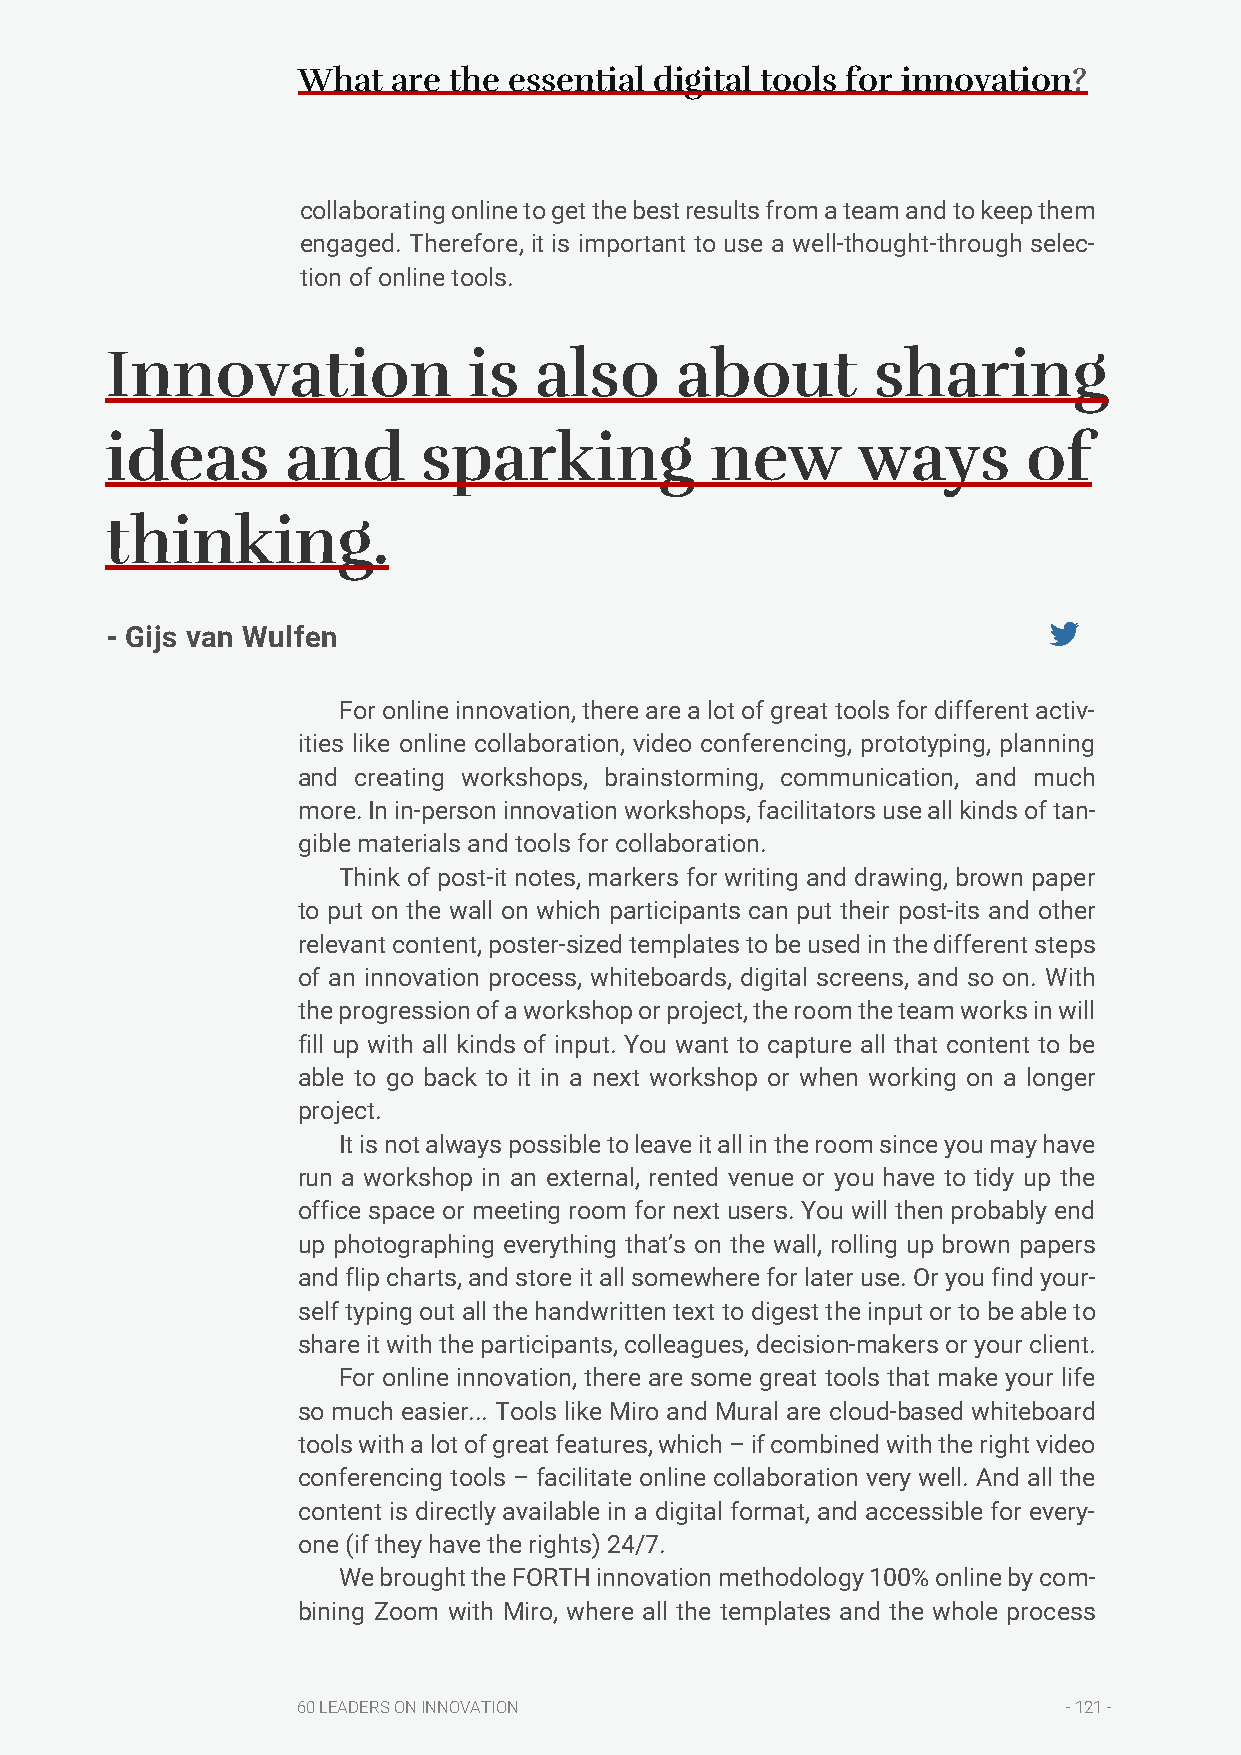
What  are the essential digital tools for innovation?
 collaborating online to get the best results from a team and to keep them
 engaged. Therefore, it is important to use a well-thought-through selec-
 tion of online tools.
 Innovation              is  also      about        sharing
 ideas       and      sparking           new       ways       of
 thinking.
 - Gijs van Wulfen
 For online innovation, there are a lot of great tools for different activ-
 ities like online collaboration, video conferencing, prototyping, planning
 and creating workshops, brainstorming, communication, and much
 more. In in-person innovation workshops, facilitators use all kinds of tan-
 gible materials and tools for collaboration.
 Think of post-it notes, markers for writing and drawing, brown paper
 to put on the wall on which participants can put their post-its and other
 relevant content, poster-sized templates to be used in the different steps
 of an innovation process, whiteboards, digital screens, and so on. With
 the progression of a workshop or project, the room the team works in will
 fill up with all kinds of input. You want to capture all that content to be
 able to go back to it in a next workshop or when working on a longer
 project.
 It is not always possible to leave it all in the room since you may have
 run a workshop in an external, rented venue or you have to tidy up the
 office space or meeting room for next users. You will then probably end
 up photographing everything that’s on the wall, rolling up brown papers
 and flip charts, and store it all somewhere for later use. Or you find your-
 self typing out all the handwritten text to digest the input or to be able to
 share it with the participants, colleagues, decision-makers or your client.
 For online innovation, there are some great tools that make your life
 so much easier... Tools like Miro and Mural are cloud-based whiteboard
 tools with a lot of great features, which – if combined with the right video
 conferencing tools – facilitate online collaboration very well. And all the
 content is directly available in a digital format, and accessible for every-
 one (if they have the rights) 24/7.
 We brought the FORTH innovation methodology 100% online by com-
 bining Zoom with Miro, where all the templates and the whole process
 60 LEADERS ON INNOVATION                           - 121 -